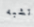
تشبه